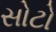
સોટો